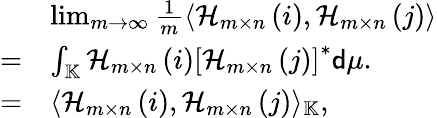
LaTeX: \begin{array}{rl}&{\operatorname*{lim}_{m\rightarrow\infty}\frac{1}{m}\langle\mathcal{H}_{m\times n}\left(i\right),\mathcal{H}_{m\times n}\left(j\right)\rangle}\\ {=}&{\int_{\mathbb{K}}\mathcal{H}_{m\times n}\left(i\right)\left[\mathcal{H}_{m\times n}\left(j\right)\right]^{*}\mathsf{d}\mu.}\\ {=}&{\langle\mathcal{H}_{m\times n}\left(i\right),\mathcal{H}_{m\times n}\left(j\right)\rangle_{\mathbb{K}},}\end{array}